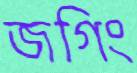
জগিং